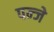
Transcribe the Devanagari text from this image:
पन्जे